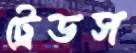
ট্রেডস